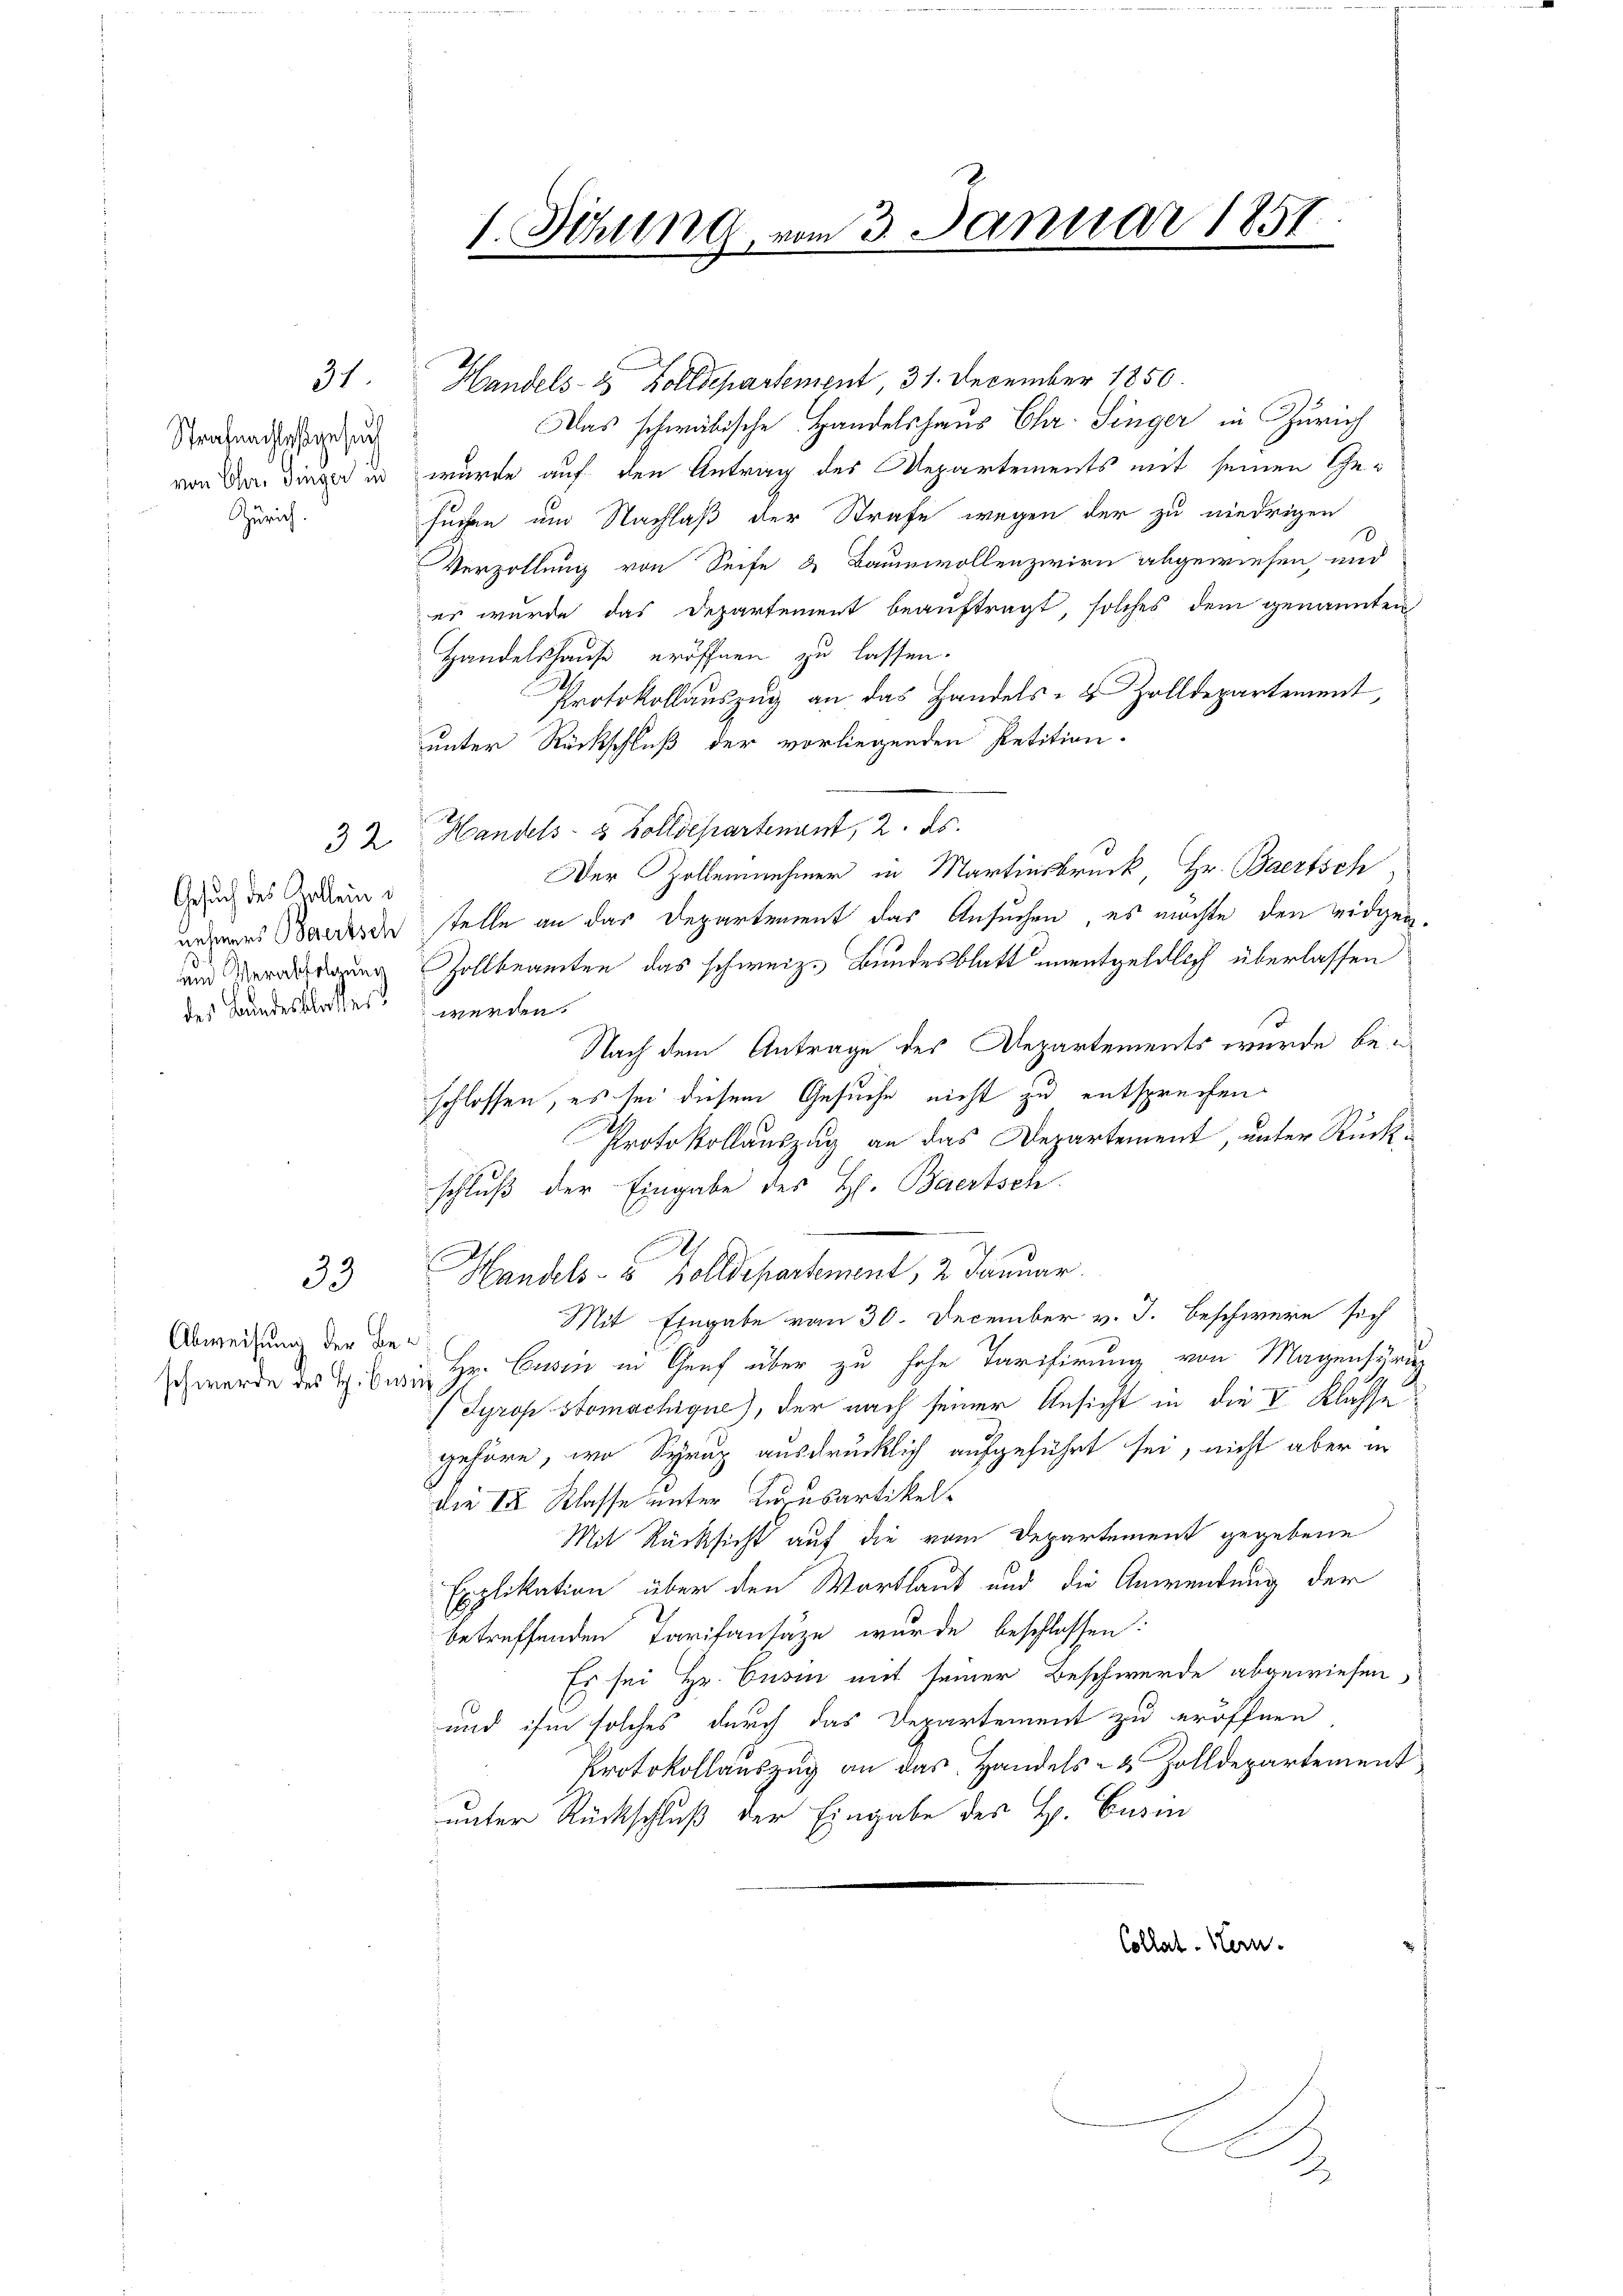
Strafnachtsgesuch
von Chor Finger in
Zürich.

31.

32

Gesuch des Gallein
nehmers Bereitsch
des Bundesklasser

33

Abweisung der Be¬

1. Sitzung, vom 3. Januar 1857

Handels- & Zolldepartement 31. December 1850.
Das schwäbische Handelshaus Chr. Singer in Zürich
wurde auf den Antrag des Mepartements mit seinen Gesuchen um Nachlaß der Strafe wegen der zu niedrigen
0
Verzöllung von Seife & Baumwollenzwirn abgewiesen, und
es wurde das Departement beauftragt, solches dem genannten
Handelshause eröffnen zu lassen.
Protokollauszug an das Handels- & Zolldepartement,
unter Rückschluß der vorliegenden Petition.
Handels- & Zolldepartenant, 2. ds.
Der Zollennehmer in Martinsbruck, Hr. Baertsch
stelle an das Departement das Ansuchen, es möchte den eidgen.
und Verdigung Zollbeamten das schweiz. Bundesblatt unentgeldlich überlassen
werden.
Nach dem Antrage des Departements wurde beschlossen, es sei diesem Gesuche nicht zu entsprechen
Protokollauszug an das Departement, unter Rückschluß der Eingabe des H. Baertsch
Handels- & Zolldepartement, 2. Januar
Mit Eingabe vom 30. December v. J. beschwere sich
werde des H. Bei Hr. Casin in Graf über zu hohe Tarifirung von Magenspru
(Syropstomachique), der nach seiner Ansicht in die V. Klasse
gehöre, wo Syrup ausdrücklich aufgeführt sei, nicht aber in
die II Klasse unter Luxusartikel¬
Mit Rücksicht auf die vom Departement gegebene
Explikation über den Wortlaut und die Anwendung der
betreffenden Tarifansäze wurde beschlossen:
Es sei Hr. Cusin mit seiner Beschwerde abgewiesen
und ihm solches durch das Departement zu eröffnen
Protokollauszug an das Handels- & Zolldepartement
unter Rückschluß der Eingabe des H. Casin

Collat. Hern.

F